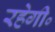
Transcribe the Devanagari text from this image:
रहेगी॰